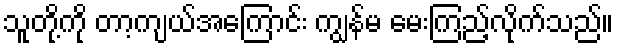
သူတို့ကို တာ့ကျယ်အကြောင်း ကျွန်မ မေးကြည့်လိုက်သည်။